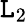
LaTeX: \mathtt{L}_{\mathrm{{2}}}